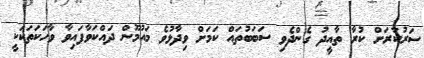
ސަރުކާރަށް ކުރާ ތާއީދު ގެންދެވި ސަބަބުތައް ކަމަށް ވިދާޅުވެ މައުމޫން ދައްކަވާފައިވާ ވާހަކަތަކަކީ